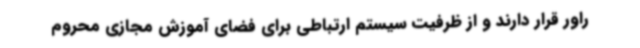
راور قرار دارند و از ظرفیت سیستم ارتباطی برای فضای آموزش مجازی محروم